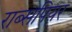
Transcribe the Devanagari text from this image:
राब्सपियर